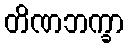
တိဏဘက္ခာ